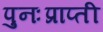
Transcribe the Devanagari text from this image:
पुनःप्राप्ती